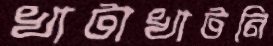
খাটাখাটনি